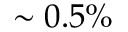
\sim 0 . 5 \%